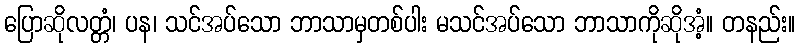
ပြောဆိုလတ္တံ၊ ပန၊ သင်အပ်သော ဘာသာမှတစ်ပါး မသင်အပ်သော ဘာသာကိုဆိုအံ့။ တနည်း။